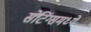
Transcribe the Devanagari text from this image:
सेटिंग्समध्ये